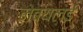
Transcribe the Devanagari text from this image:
नेब्यलई